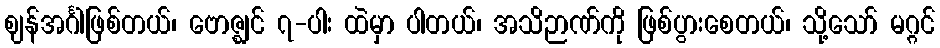
ဈန်အင်္ဂါဖြစ်တယ်၊ ဗောဇ္ဈင် ၇-ပါး ထဲမှာ ပါတယ်၊ အသိဉာဏ်ကို ဖြစ်ပွားစေတယ်၊ သို့သော် မဂ္ဂင်